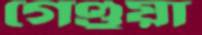
গেণ্ডুয়া